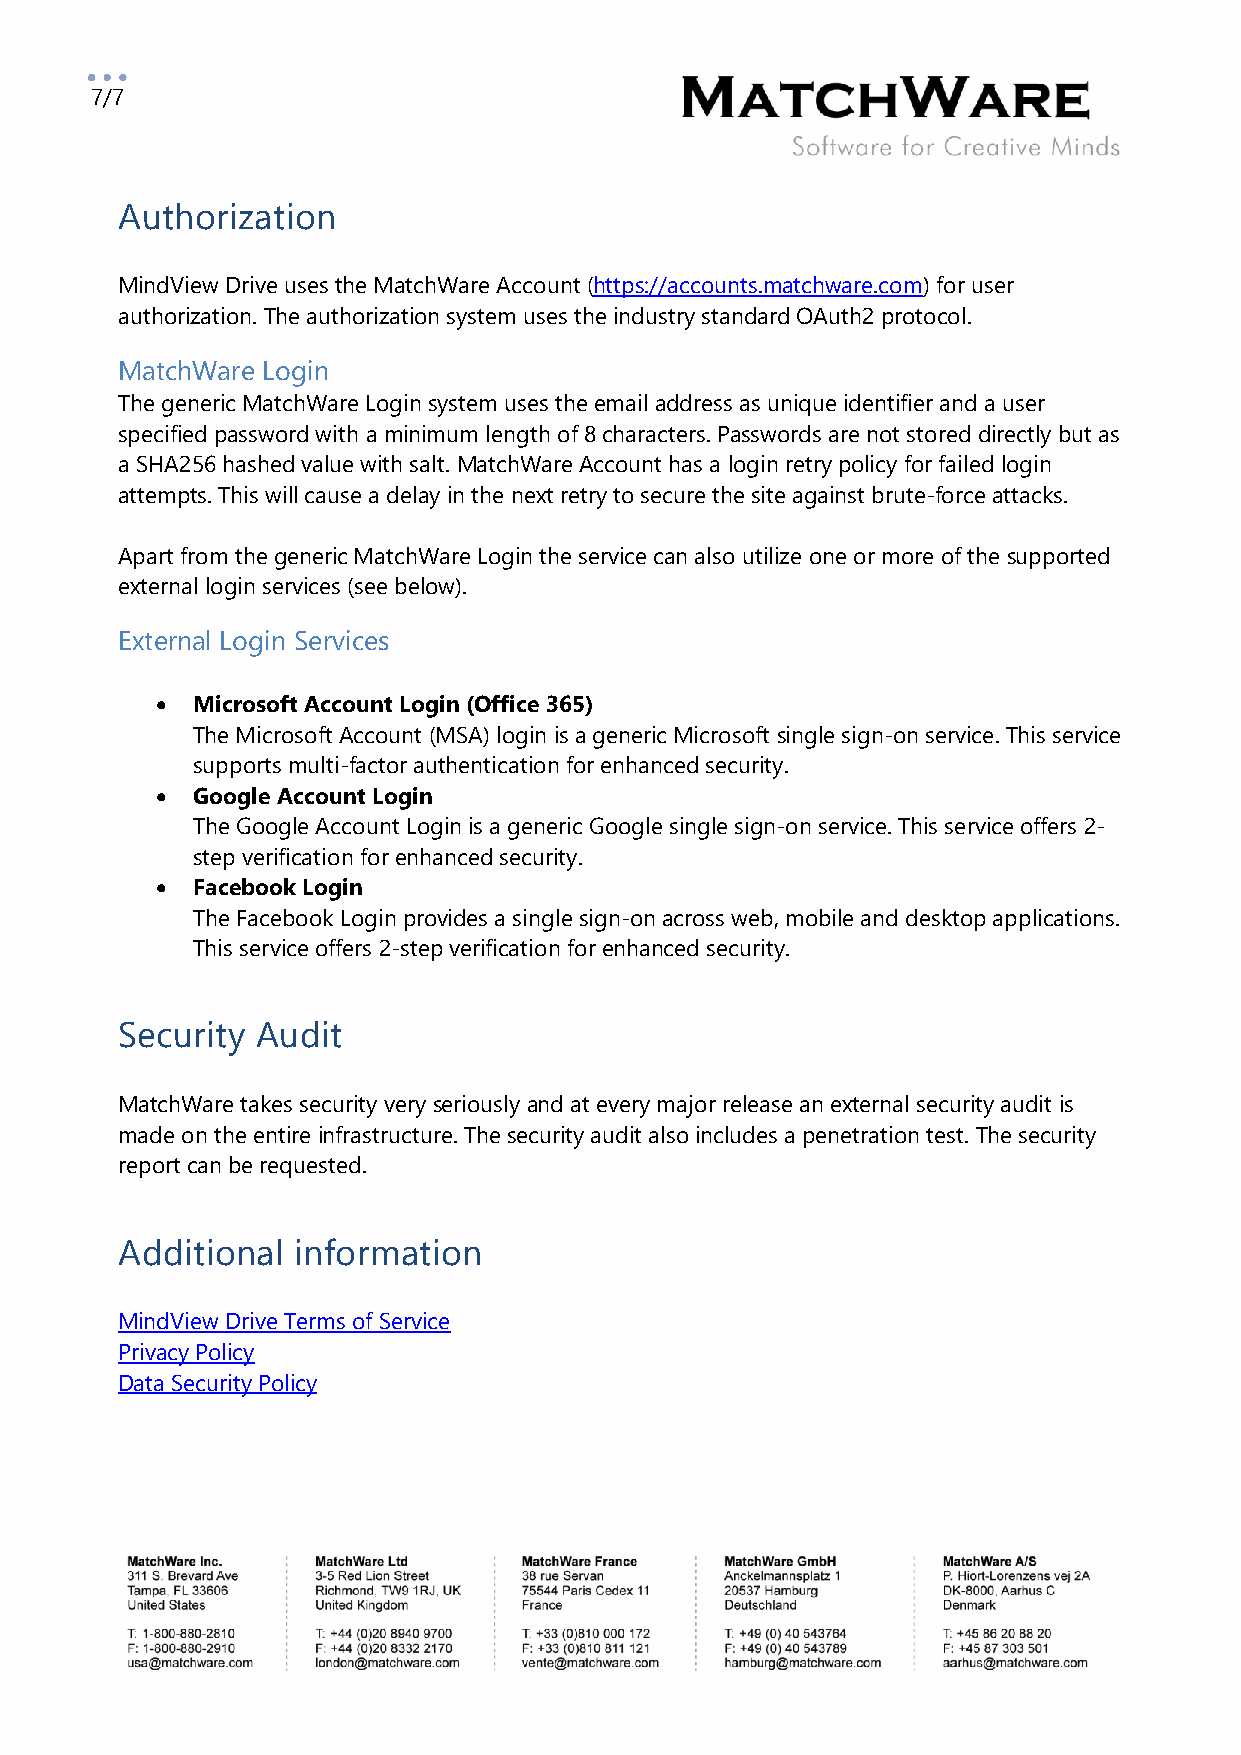
7/7
 Authorization
 MindView Drive uses the MatchWare Account (https://accounts.matchware.com) for user
 authorization. The authorization system uses the industry standard OAuth2 protocol.
 MatchWare Login
 The generic MatchWare Login system uses the email address as unique identifier and a user
 specified password with a minimum length of 8 characters. Passwords are not stored directly but as
 a SHA256 hashed value with salt. MatchWare Account has a login retry policy for failed login
 attempts. This will cause a delay in the next retry to secure the site against brute-force attacks.
 Apart from the generic MatchWare Login the service can also utilize one or more of the supported
 external login services (see below).
 External Login Services
 •  Microsoft Account Login (Office 365)
 The Microsoft Account (MSA) login is a generic Microsoft single sign-on service. This service
 supports multi-factor authentication for enhanced security.
 •  Google Account Login
 The Google Account Login is a generic Google single sign-on service. This service offers 2-
 step verification for enhanced security.
 •  Facebook Login
 The Facebook Login provides a single sign-on across web, mobile and desktop applications.
 This service offers 2-step verification for enhanced security.
 Security Audit
 MatchWare takes security very seriously and at every major release an external security audit is
 made on the entire infrastructure. The security audit also includes a penetration test. The security
 report can be requested.
 Additional information
 MindView Drive Terms of Service
 Privacy Policy
 Data Security Policy